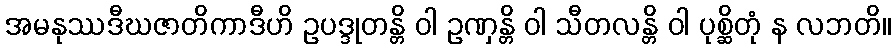
အမနုဿဒီဃဇာတိကာဒီဟိ ဥပဒ္ဒုတန္တိ ဝါ ဥဏှန္တိ ဝါ သီတလန္တိ ဝါ ပုစ္ဆိတုံ န လဘတိ။